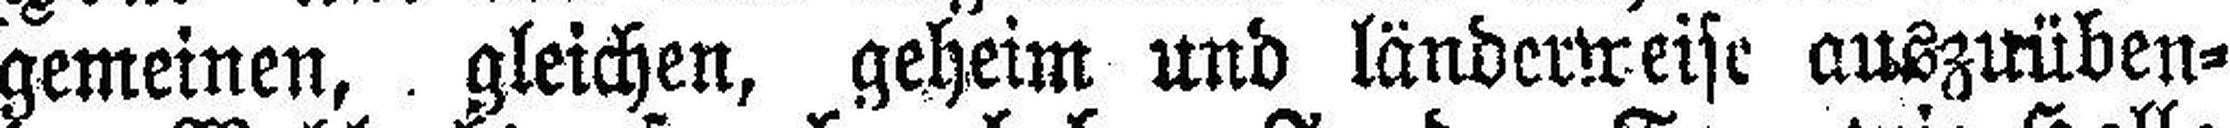
gemeinen, gleichen, geheim und länderweise auszuüben¬